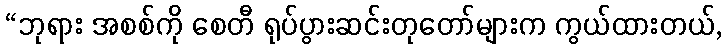
“ဘုရား အစစ်ကို စေတီ ရုပ်ပွားဆင်းတုတော်များက ကွယ်ထားတယ်,